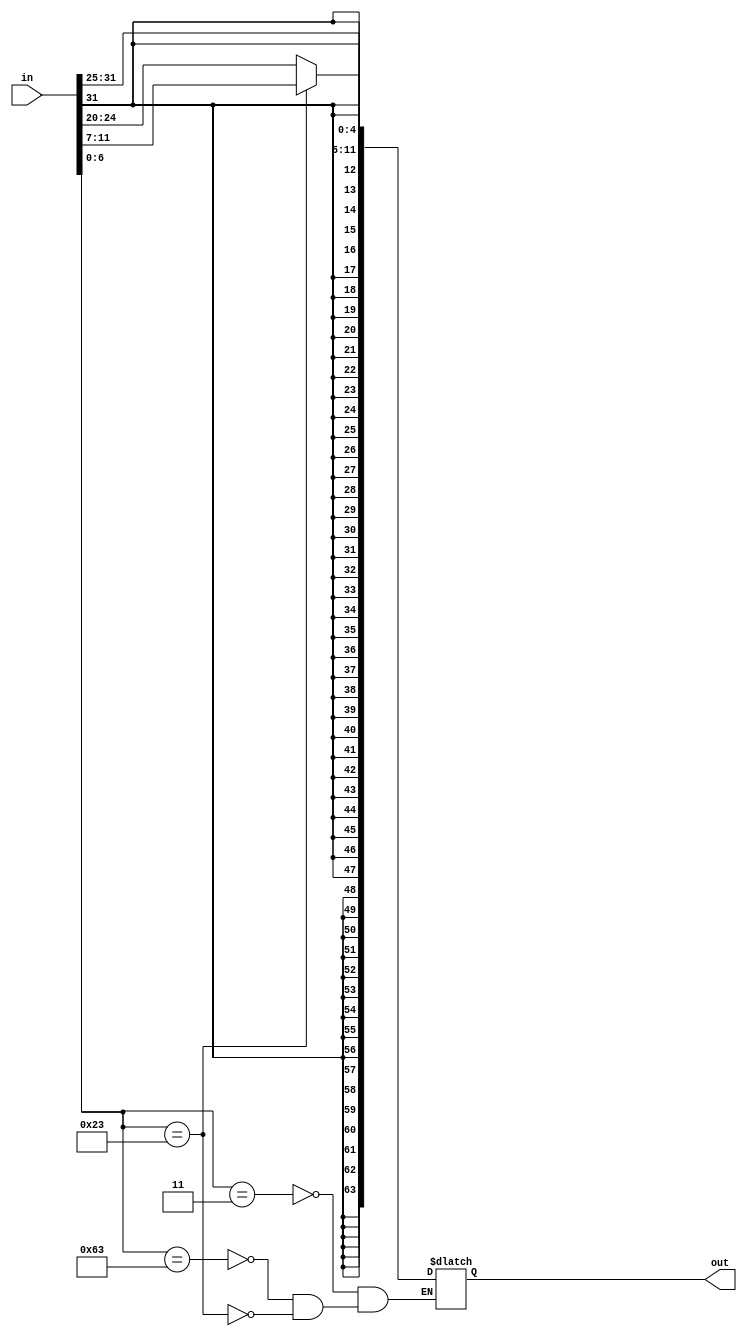
module immediate_generator(in, out);
    input [31:0] in;
    output reg [63:0] out;

    always @ *
        begin
            // Looks at opcode, based off of risc-v encoding and Ch4 slide 18, slide 25
            // Provides sign extended output based off of the input immediate (left most 12 bits)
            // Also used https://five-embeddev.com/riscv-isa-manual/latest/instr-table.html 
            // Utilized by I-Type, S-Type, B-Type, J-Type, and U-Type
            // Only need lw, sw, and beq per project instructions
            case(in[6:0])

                // Load Instruction
                7'b0000011: out = $signed(in[31:20]);

                // Branch Instruction
                7'b1100011: out = $signed(in[31:20]);

                // Store Instruction
                7'b0100011: out = $signed({in[31:25], in[11:7]});
                
            endcase
        end

endmodule